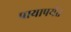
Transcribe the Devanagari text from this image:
पायापर्यंत